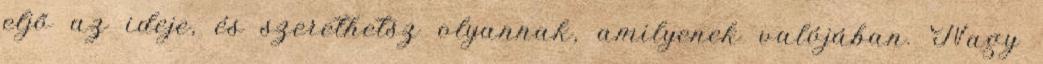
eljő az ideje, és szerethetsz olyannak, amilyenek valójában. Nagy